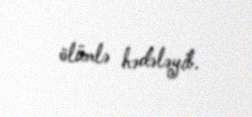
ölümlə hədələyib.